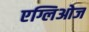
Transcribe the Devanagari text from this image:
एग्लिओज